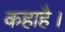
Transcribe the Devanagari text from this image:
कहाहै।